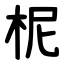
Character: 柅